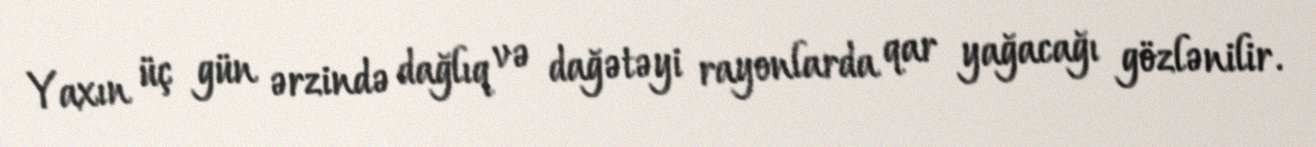
Yaxın üç gün ərzində dağlıq və dağətəyi rayonlarda qar yağacağı gözlənilir.